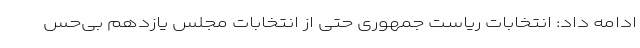
ادامه داد: انتخابات ریاست جمهوری حتی از انتخابات مجلس یازدهم بی‌حس